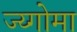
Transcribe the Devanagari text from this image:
ज्य्गोमा